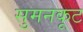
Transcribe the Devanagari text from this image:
सुमनकूट